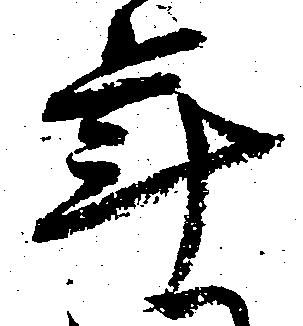
年